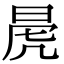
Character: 𭦁